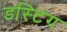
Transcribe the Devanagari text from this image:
डस्टिंग